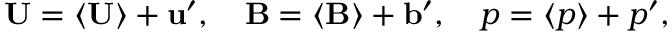
\mathbf { U } = \left\langle \mathbf { U } \right\rangle + \mathbf { u } ^ { \prime } , \quad \mathbf { B } = \left\langle \mathbf { B } \right\rangle + \mathbf { b } ^ { \prime } , \quad p = \left\langle p \right\rangle + p ^ { \prime } ,